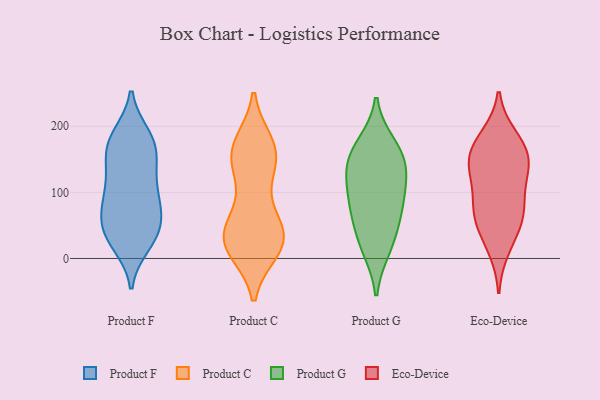
{"axis": {"x": "Latency (ms)", "y": "Value"}, "legend": ["Eco-Device", "Product C", "Product F", "Product G"], "data": [{"x": "", "y": 81, "type": "Product F"}, {"x": "", "y": 185, "type": "Product F"}, {"x": "", "y": 93, "type": "Product F"}, {"x": "", "y": 112, "type": "Product F"}, {"x": "", "y": 35, "type": "Product F"}, {"x": "", "y": 146, "type": "Product F"}, {"x": "", "y": 71, "type": "Product F"}, {"x": "", "y": 33, "type": "Product F"}, {"x": "", "y": 140, "type": "Product F"}, {"x": "", "y": 22, "type": "Product F"}, {"x": "", "y": 76, "type": "Product F"}, {"x": "", "y": 114, "type": "Product F"}, {"x": "", "y": 166, "type": "Product F"}, {"x": "", "y": 181, "type": "Product F"}, {"x": "", "y": 167, "type": "Product F"}, {"x": "", "y": 63, "type": "Product F"}, {"x": "", "y": 181, "type": "Product F"}, {"x": "", "y": 34, "type": "Product F"}, {"x": "", "y": 39, "type": "Product F"}, {"x": "", "y": 14, "type": "Product C"}, {"x": "", "y": 22, "type": "Product C"}, {"x": "", "y": 32, "type": "Product C"}, {"x": "", "y": 160, "type": "Product C"}, {"x": "", "y": 104, "type": "Product C"}, {"x": "", "y": 169, "type": "Product C"}, {"x": "", "y": 17, "type": "Product C"}, {"x": "", "y": 50, "type": "Product C"}, {"x": "", "y": 165, "type": "Product C"}, {"x": "", "y": 142, "type": "Product C"}, {"x": "", "y": 59, "type": "Product C"}, {"x": "", "y": 39, "type": "Product C"}, {"x": "", "y": 13, "type": "Product C"}, {"x": "", "y": 40, "type": "Product C"}, {"x": "", "y": 26, "type": "Product C"}, {"x": "", "y": 174, "type": "Product C"}, {"x": "", "y": 163, "type": "Product C"}, {"x": "", "y": 135, "type": "Product C"}, {"x": "", "y": 100, "type": "Product G"}, {"x": "", "y": 63, "type": "Product G"}, {"x": "", "y": 164, "type": "Product G"}, {"x": "", "y": 15, "type": "Product G"}, {"x": "", "y": 126, "type": "Product G"}, {"x": "", "y": 92, "type": "Product G"}, {"x": "", "y": 172, "type": "Product G"}, {"x": "", "y": 140, "type": "Product G"}, {"x": "", "y": 145, "type": "Product G"}, {"x": "", "y": 67, "type": "Product G"}, {"x": "", "y": 24, "type": "Product G"}, {"x": "", "y": 184, "type": "Eco-Device"}, {"x": "", "y": 154, "type": "Eco-Device"}, {"x": "", "y": 38, "type": "Eco-Device"}, {"x": "", "y": 69, "type": "Eco-Device"}, {"x": "", "y": 148, "type": "Eco-Device"}, {"x": "", "y": 129, "type": "Eco-Device"}, {"x": "", "y": 69, "type": "Eco-Device"}, {"x": "", "y": 114, "type": "Eco-Device"}, {"x": "", "y": 82, "type": "Eco-Device"}, {"x": "", "y": 179, "type": "Eco-Device"}, {"x": "", "y": 64, "type": "Eco-Device"}, {"x": "", "y": 138, "type": "Eco-Device"}, {"x": "", "y": 15, "type": "Eco-Device"}, {"x": "", "y": 161, "type": "Eco-Device"}]}